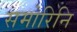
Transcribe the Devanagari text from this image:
समोरिनि